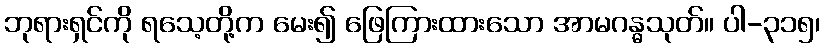
ဘုရားရှင်ကို ရသေ့တို့က မေး၍ ဖြေကြားထားသော အာမဂန္ဓသုတ်။ ပါ-၃၁၅၊